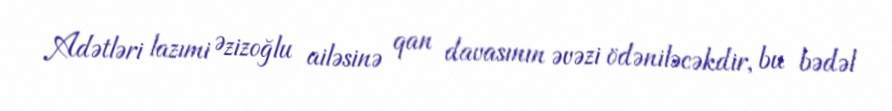
Adətləri lazımi Əzizoğlu ailəsinə qan davasının əvəzi ödəniləcəkdir, bu bədəl